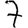
Digit: 7